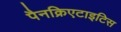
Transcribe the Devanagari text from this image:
पैनक्रिएटाइटिस